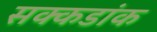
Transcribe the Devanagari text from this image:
सक्कडांक